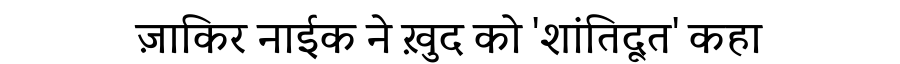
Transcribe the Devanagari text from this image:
ज़ाकिर नाईक ने ख़ुद को 'शांतिदूत' कहा